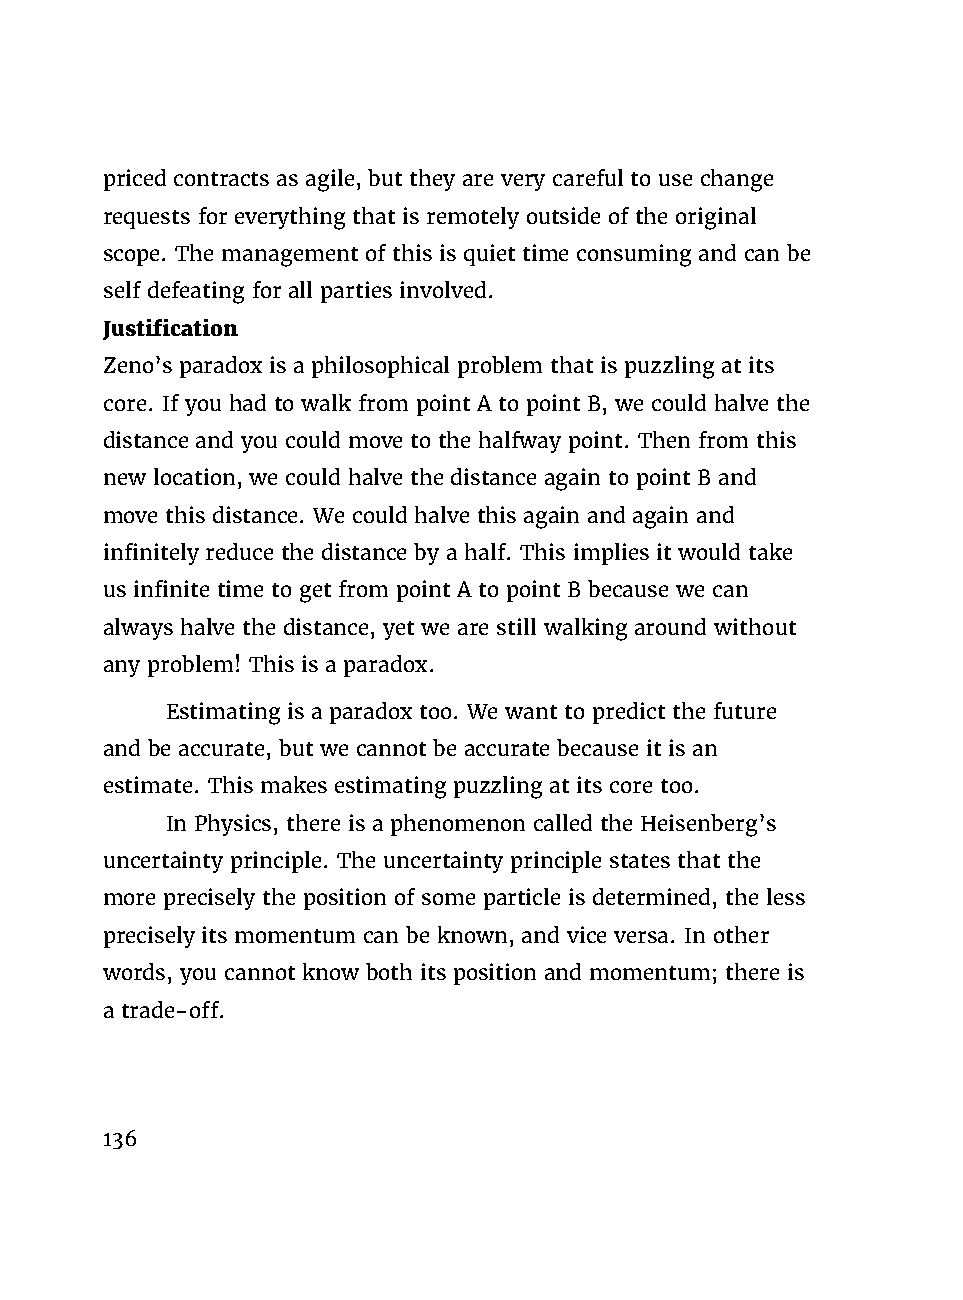
priced contracts as agile, but they are very careful to use change
 requests for everything that is remotely outside of the original
 scope. The management of this is quiet time consuming and can be
 self defeating for all parties involved.
 Justification
 Zeno’s paradox is a philosophical problem that is puzzling at its
 core. If you had to walk from point A to point B, we could halve the
 distance and you could move to the halfway point. Then from this
 new location, we could halve the distance again to point B and
 move this distance. We could halve this again and again and
 infinitely reduce the distance by a half. This implies it would take
 us infinite time to get from point A to point B because we can
 always halve the distance, yet we are still walking around without
 any problem! This is a paradox.
 Estimating is a paradox too. We want to predict the future
 and be accurate, but we cannot be accurate because it is an
 estimate. This makes estimating puzzling at its core too.
 In Physics, there is a phenomenon called the Heisenberg’s
 uncertainty principle. The uncertainty principle states that the
 more precisely the position of some particle is determined, the less
 precisely its momentum can be known, and vice versa. In other
 words, you cannot know both its position and momentum; there is
 a trade-off.
 136